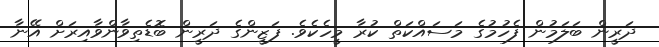
ދަރީން ބަލަމުން ފެހުމުގެ މަސައްކަތް ކުރާ މީހެކެވެ. ފަޒީންގެ ދަރީން ބޮޑެތިވާންވާއިރަށް އޭނާ